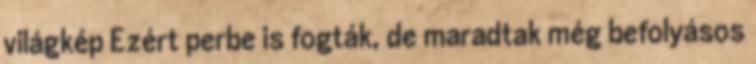
világkép Ezért perbe is fogták, de maradtak még befolyásos